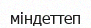
міндеттеп